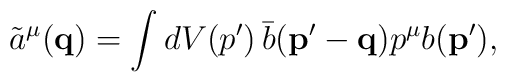
\tilde{a}^\mu({\mathbf{q}}) = \int dV(p')\,\bar{b}({\mathbf{p' - q}}) p^\mu b ({\mathbf{p'}}),